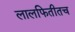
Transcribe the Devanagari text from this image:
लालफितीतच